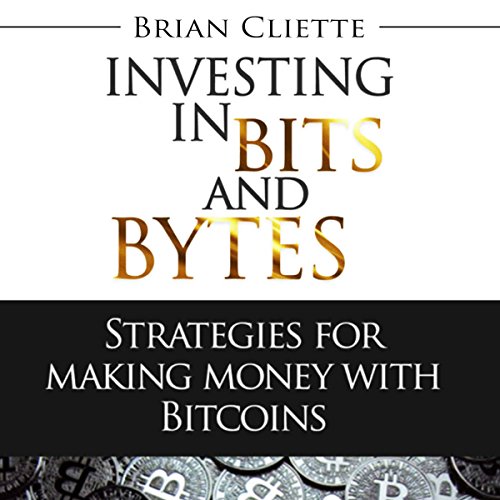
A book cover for Bitcoin Beginner's Guide: Investing In Bits And Bytes: Strategies For Making Money Trading; Brian Cliette; Computers & Technology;